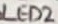
Text: LED2